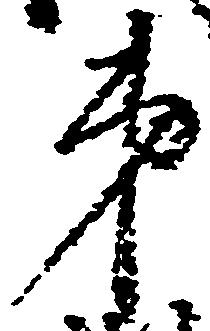
弟